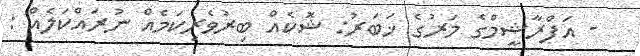
- އަފްރާޝީމްގެ މަރުގެ ޚަބަރު: ޝޮކެއް ބިރުވެރިކަމެއް ނުރައްކަލެއް :